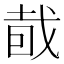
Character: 𥅤